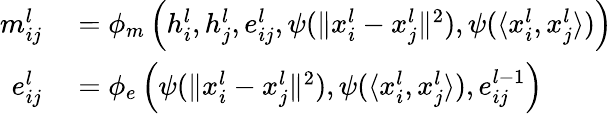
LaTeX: \begin{array}{rl}{m_{ij}^{l}}&{{}=\phi_{m}\left(h_{i}^{l},h_{j}^{l},e_{ij}^{l},\psi(\Vert{x_{i}^{l}-x_{j}^{l}}\Vert^{2}),\psi(\langle x_{i}^{l},x_{j}^{l}\rangle)\right)}\\ {e_{ij}^{l}}&{{}=\phi_{e}\left(\psi(\Vert{x_{i}^{l}-x_{j}^{l}}\Vert^{2}),\psi(\langle x_{i}^{l},x_{j}^{l}\rangle),e_{ij}^{l-1}\right)}\end{array}